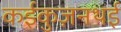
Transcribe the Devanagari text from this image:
कईकुज़नथई